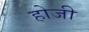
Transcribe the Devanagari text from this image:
होजी